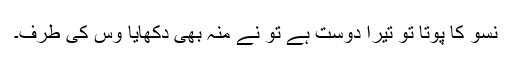
نسو کا پوتا تو تیرا دوست ہے تو نے منہ بھی دکھایا وِس کی طرف۔